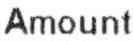
AMOUNT